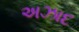
અઝાદ